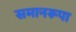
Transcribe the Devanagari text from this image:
समानरूपा